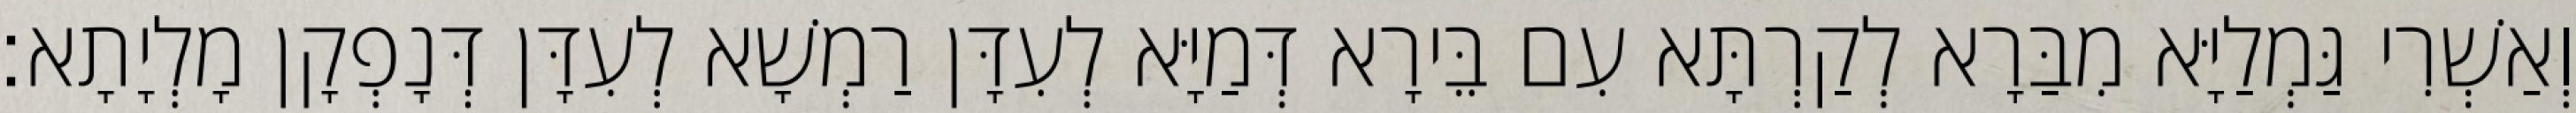
וְאַשְׁרִי גַּמְלַיָּא מִבַּרָא לְקַרְתָּא עִם בֵּירָא דְּמַיָּא לְעִדָּן רַמְשָׁא לְעִדָּן דְּנָפְקָן מָלְיָתָא׃